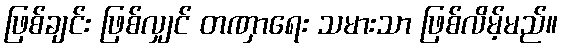
ဖြစ်ချင်း ဖြစ်လျှင် တဏှာရေး သမားသာ ဖြစ်လိမ့်မည်။